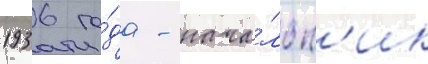
1936 го́да - нача́льн'ик